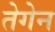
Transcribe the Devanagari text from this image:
तेगेन